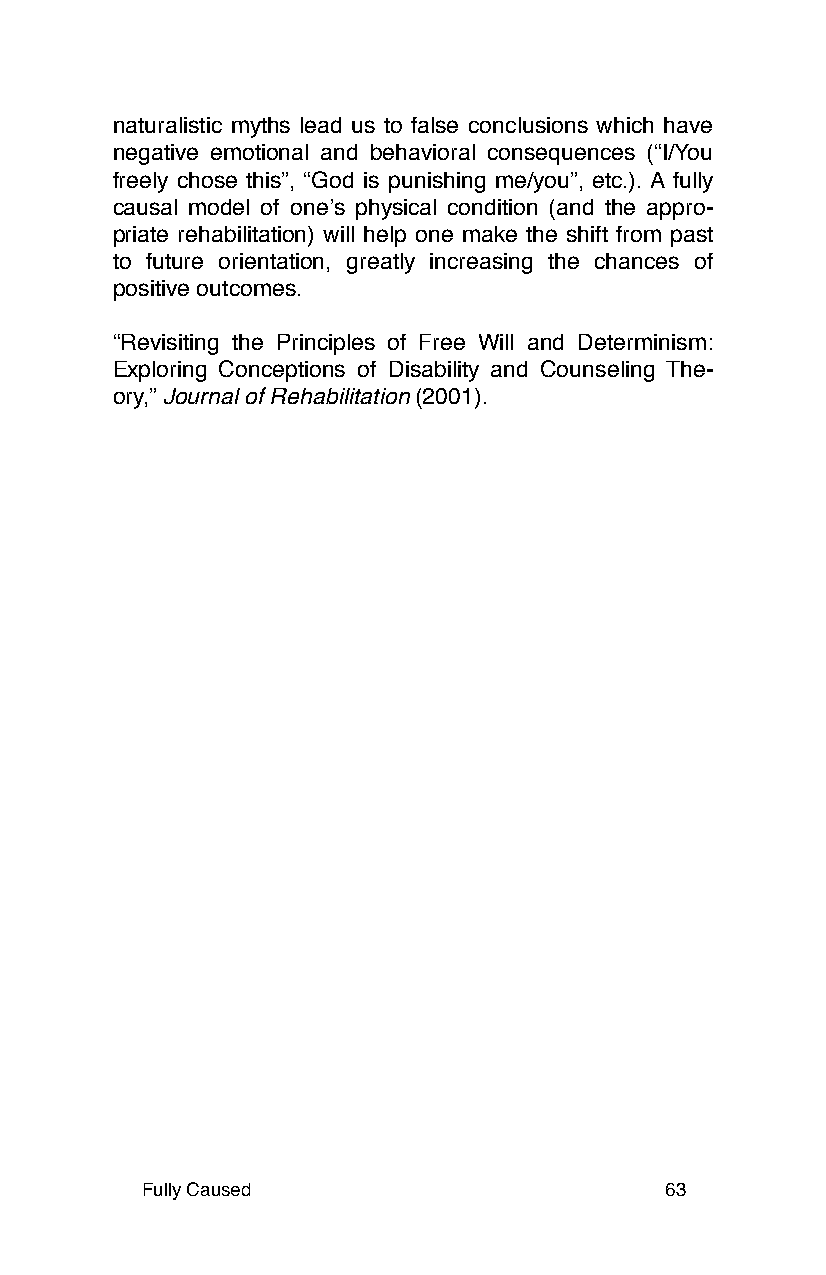
naturalistic myths lead us to false conclusions which have
 negative emotional and behavioral consequences (“I/You
 freely chose this”, “God is punishing me/you”, etc.). A fully
 causal model of oneʼs physical condition (and the appro-
 priate rehabilitation) will help one make the shift from past
 to future orientation, greatly increasing the chances of
 positive outcomes.
 “Revisiting the Principles of Free Will and Determinism:
 Exploring Conceptions of Disability and Counseling The-
 ory,” Journal of Rehabilitation (2001).
 Fully Caused                       63